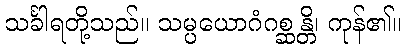
သင်္ခါရတို့သည်။ သမ္ပယောဂံဂစ္ဆန္တိ၊ ကုန်၏။